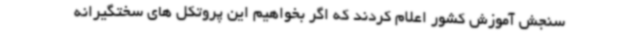
سنجش آموزش کشور اعلام کردند که اگر بخواهیم این پروتکل های سختگیرانه